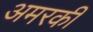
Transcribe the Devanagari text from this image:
अमरकी